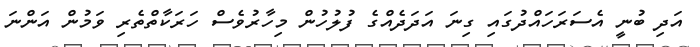
އަދި ބުނީ އެސަރަހައްދުގައި ގިނަ އަދަދެއްގެ ފުލުހުން މިހާރުވެސް ހަރަކާތްތެރި ވަމުން އަންނަ